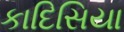
કાદિસિયા